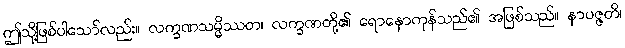
ဤသို့ဖြစ်ပါသော်လည်း။ လက္ခဏသမ္မိဿတ၊ လက္ခဏတို့၏ ရောနှောကုန်သည်၏ အဖြစ်သည်။ နာပဇ္ဇတိ၊